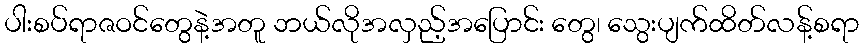
ပါးစပ်ရာဇဝင်တွေနဲ့အတူ ဘယ်လိုအလှည့်အပြောင်း တွေ၊ သွေးပျက်ထိတ်လန့်စရာ